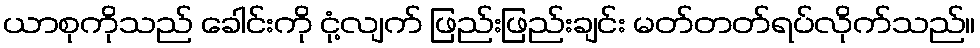
ယာစုကိုသည် ခေါင်းကို ငုံ့လျက် ဖြည်းဖြည်းချင်း မတ်တတ်ရပ်လိုက်သည်။